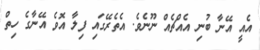
އެއީ އޭނާ ބުނި އެއްޗެއް ނޫނެވެ. އެތެރޭގައި ފިލާ އޮވެ އޭނާގެ ހިތް